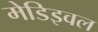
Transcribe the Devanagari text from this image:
मेडिइवल